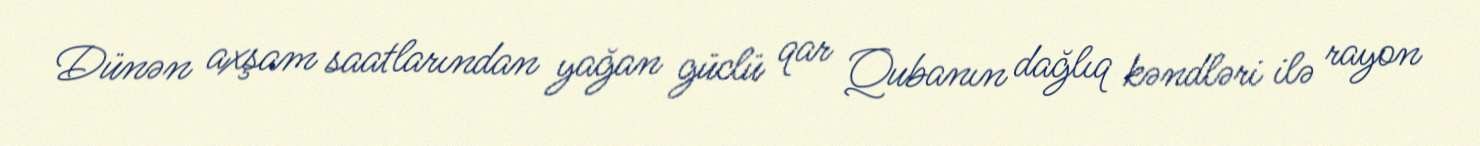
Dünən axşam saatlarından yağan güclü qar Qubanın dağlıq kəndləri ilə rayon